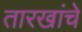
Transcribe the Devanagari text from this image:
तारखांचे